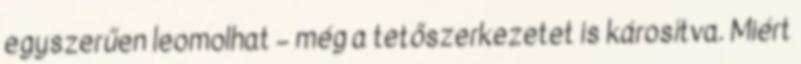
egyszerűen leomolhat – még a tetőszerkezetet is károsítva. Miért